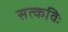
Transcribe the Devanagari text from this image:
सत्कविः